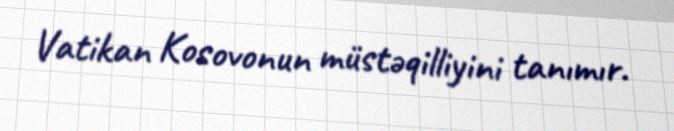
Vatikan Kosovonun müstəqilliyini tanımır.